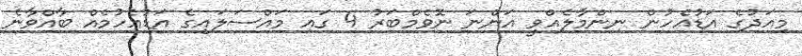
މިއަދުގެ އަޑުއެހުން ނިންމާލެއްވީ އަންނަ ނޮވެމްބަރު 4 ގައި މައްސަލައިގެ އަޑުއެހުމެއް ބާއްވާނެ